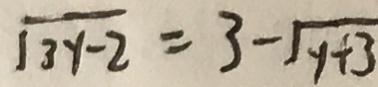
\sqrt { 3 x - 2 } = 3 - \sqrt { y + 3 }